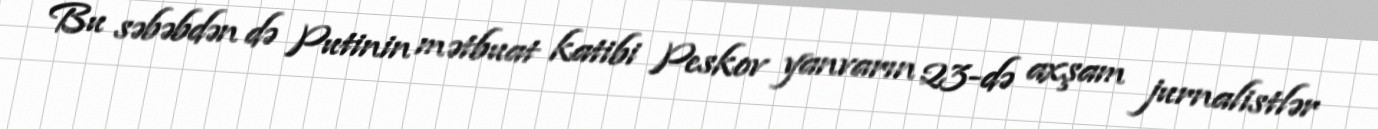
Bu səbəbdən də Putinin mətbuat katibi Peskov yanvarın 23-də axşam jurnalistlər